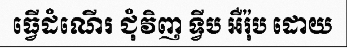
ធ្វើដំណើរ ជុំវិញ ទ្វីប អឺរ៉ុប ដោយ